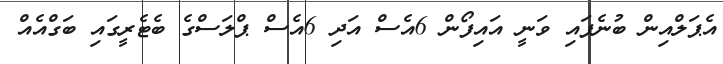
އެޕަލްއިން ބުނެފައި ވަނީ އައިފޯން 6އެސް އަދި 6އެސް ޕްލަސްގެ ބެޓެރީގައި ބަގްއެއް